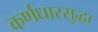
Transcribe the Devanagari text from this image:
कर्णधारसुद्धा